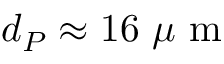
d _ { P } \approx 1 6 ~ \mu \textrm { m }